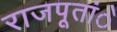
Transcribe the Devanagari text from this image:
राजपूतांे